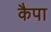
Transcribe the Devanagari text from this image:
कैपा